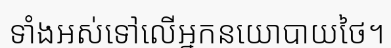
ទាំងអស់ទៅលើអ្នកនយោបាយថៃ។